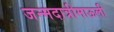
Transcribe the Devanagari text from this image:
जन्मदात्रीमाऊली